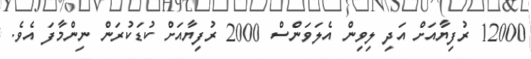
12000 ރުފިޔާއަށް އަދި ލިވިން އެލަވަންސް 2000 ރުފިޔާއަށް ކުޑަކުރަން ނިންމާފަ އެވެ.